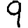
Digit: 9